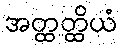
အတ္ထတ္ထိယံ